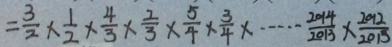
= \frac { 3 } { 2 } \times \frac { 1 } { 2 } \times \frac { 4 } { 3 } \times \frac { 2 } { 3 } \times \frac { 5 } { 4 } \times \frac { 3 } { 4 } \times \cdots \frac { 2 0 1 4 } { 2 0 1 3 } \times \frac { 2 0 1 2 } { 2 0 1 3 }